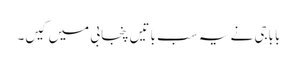
باباجی نے یہ سب باتیں پنجابی میں کیں۔